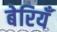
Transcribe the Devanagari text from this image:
बेरियँ